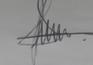
Signature authenticity: genuine